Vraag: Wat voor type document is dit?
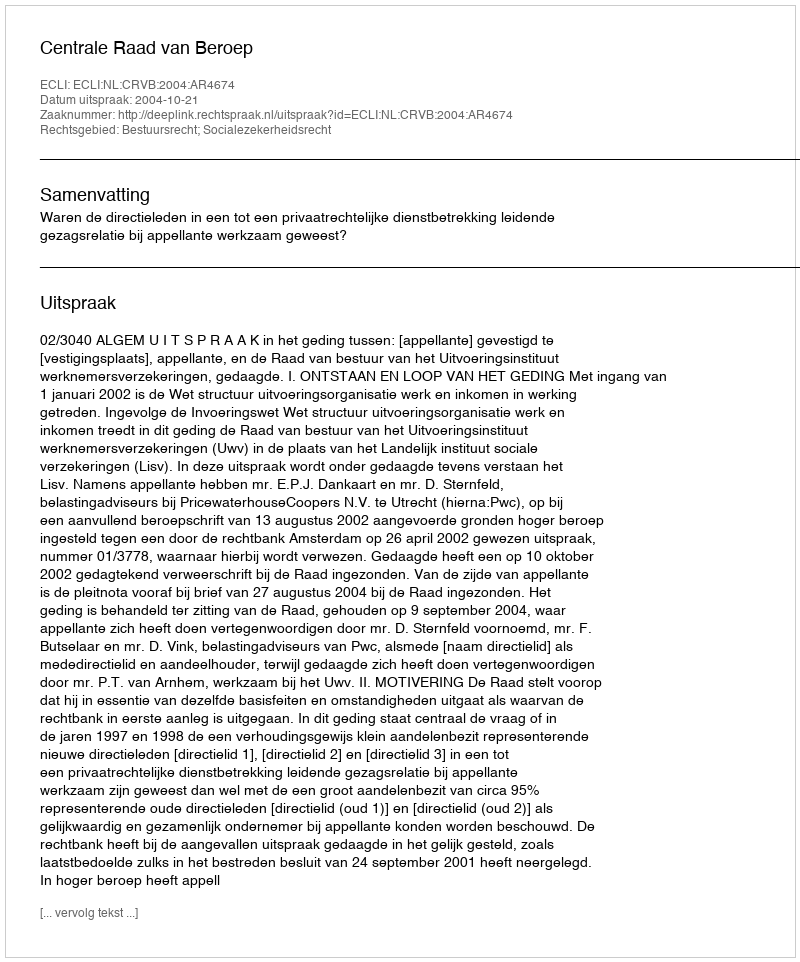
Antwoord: Uitspraak